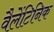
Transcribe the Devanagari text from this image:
वैलेंटिनिक